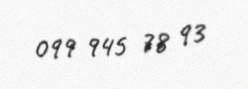
099 945 78 93